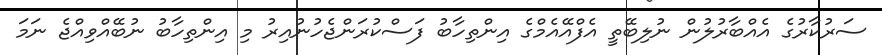
ސަރުކާރުގެ އެއްބާރުލުން ނުލިބޭތީ އެފްއޭއެމްގެ އިންތިހާބު ފަސްކުރަންޖެހުނުއިރު މި އިންތިހާބު ނުބޭއްވިއްޖެ ނަމަ